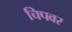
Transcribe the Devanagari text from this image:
चिपवर